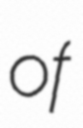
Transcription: of